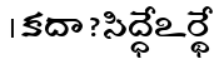
। కదా ? సిద్ధేఽర్థే